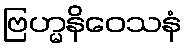
ဗြဟ္မနိဝေသနံ